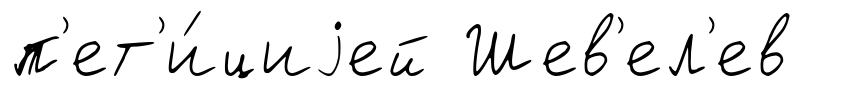
п'ет'и́циjей Шев'ел'ев